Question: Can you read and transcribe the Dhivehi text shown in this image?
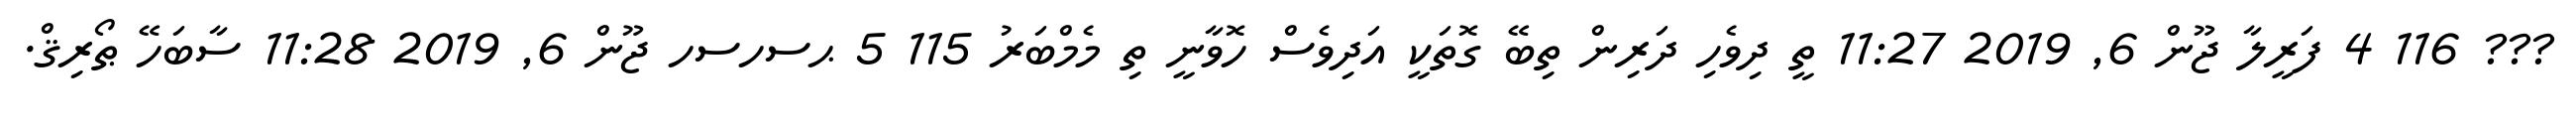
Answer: ??? 116 4 ފަރީލާ ޖޫން 6, 2019 11:27 ތީ ދިވެހި ދަރިން ތިބޭ ގޮތަކީ އަދިވެސް ހޮވާނީ ތި މެމްބަރު 115 5 ޙސހސހ ޖޫން 6, 2019 11:28 ސާބަހޭ ޠޯރިޤް.